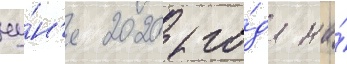
иу́н'я 2020 го́да на́